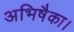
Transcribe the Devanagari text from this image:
अभिषैका।